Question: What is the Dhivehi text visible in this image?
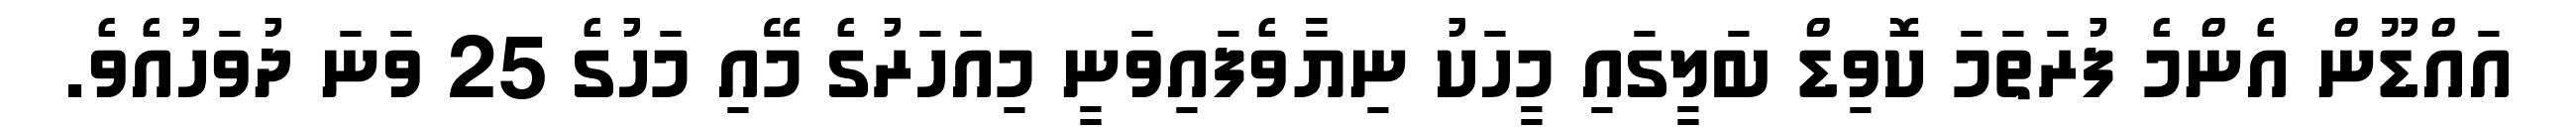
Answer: އައްޑޫން އެންމެ ފުރަތަމަ ކޮވިޑް ބަލީގައި މީހަކު ނިޔާވެފައިވަނީ މިއަހަރުގެ މޭއި މަހުގެ 25 ވަނަ ދުވަހުއެވެ.